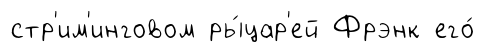
стр'им'инговом ры́цар'ей Фрэнк его́